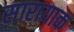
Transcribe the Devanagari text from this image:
सारायाक